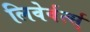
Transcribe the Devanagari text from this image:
लिवेर्वर्त्स्